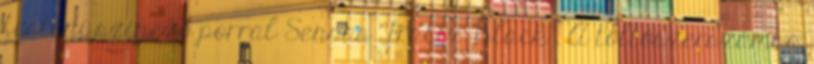
festeni színező porral Sensas Tracix Black . A töltőszerszámba